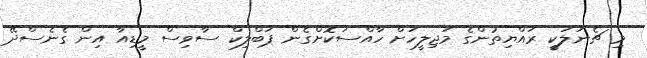
މި ޗެނަލަކީ ރައްޔިތުންގެ މަޖިލީހަށް ހާއްސަކޮށްގެން ޕަބްލިކް ސާވިސް މީޑިއާ އިން ގެނެސްދޭ